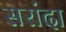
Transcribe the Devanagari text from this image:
सरांदा